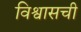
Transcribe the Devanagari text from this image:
विश्वासची